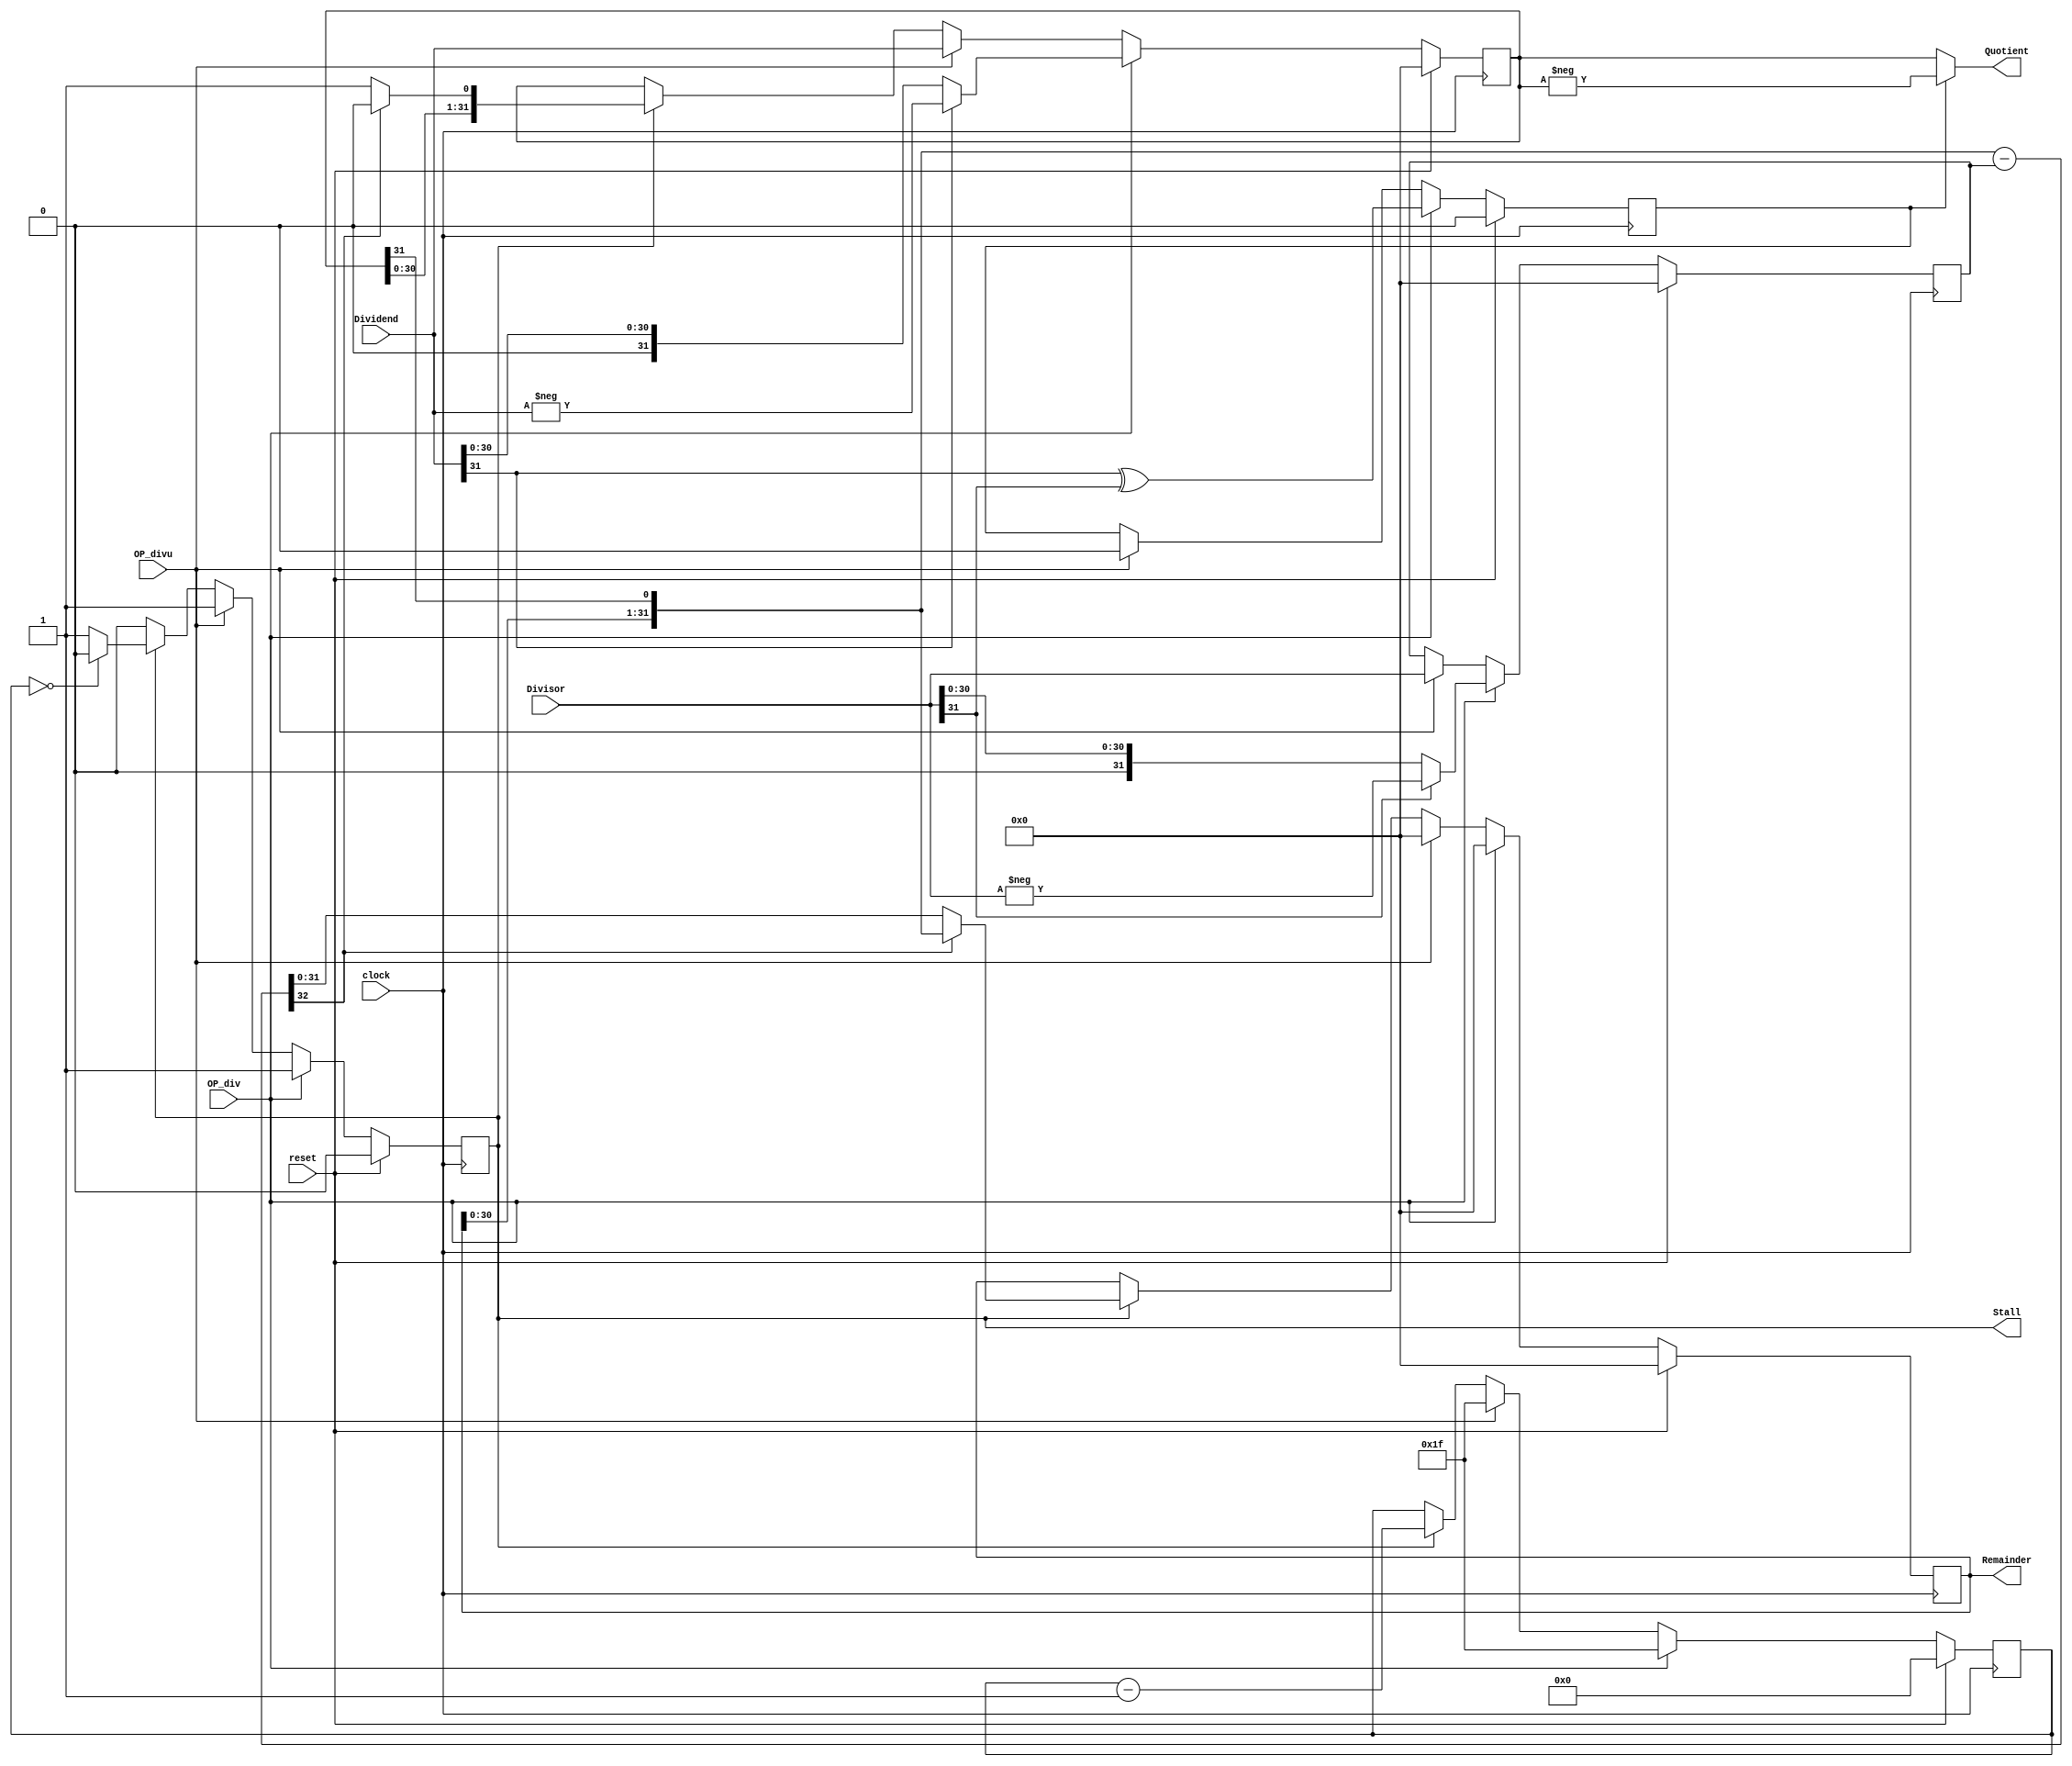
`timescale 1ns / 1ns
/*
 * Project      : University of Utah, XUM Project MIPS32 core
 * Creator(s)   : Neil Russell
 *
 * Modification History:
 *  Rev   Date         Initials  Description of Change
 *  1.0   6-Nov-2012   NJR       Initial design.
 *
 * Description:
 *  A multi-cycle 32-bit divider.
 *
 *  On any cycle that one of OP_div or OP_divu are true, the Dividend and
 *  Divisor will be captured and a multi-cycle divide operation initiated.
 *  Stall will go true on the next cycle and the first cycle of the divide
 *  operation completed.  After some time (about 32 cycles), Stall will go
 *  false on the same cycle that the result becomes valid.  OP_div or OP_divu
 *  will abort any currently running divide operation and initiate a new one.
 */
module Divide(
    input           clock,
    input           reset,
    input           OP_div,     // True to initiate a signed divide
    input           OP_divu,    // True to initiate an unsigned divide
    input  [31:0]   Dividend,
    input  [31:0]   Divisor,
    output [31:0]   Quotient,
    output [31:0]   Remainder,
    output          Stall       // True while calculating
    );


    reg             active;     // True if the divider is running
    reg             neg;        // True if the result will be negative
    reg [4:0]       cycle;      // Number of cycles to go

    reg [31:0]      result;     // Begin with dividend, end with quotient
    reg [31:0]      denom;      // Divisor
    reg [31:0]      work;       // Running remainder

    // Calculate the current digit
    wire [32:0]     sub = { work[30:0], result[31] } - denom;

    // Send the results to our master
    assign Quotient = !neg ? result : -result;
    assign Remainder = work;
    assign Stall = active;

    // The state machine
    always @(posedge clock) begin
        if (reset) begin
            active <= 0;
            neg <= 0;
            cycle <= 0;
            result <= 0;
            denom <= 0;
            work <= 0;
        end
        else begin
            if (OP_div) begin
                // Set up for a signed divide.  Remember the resulting sign,
                // and make the operands positive.
                cycle <= 5'd31;
                result <= (Dividend[31] == 0) ? Dividend : -Dividend;
                denom <= (Divisor[31] == 0) ? Divisor : -Divisor;
                work <= 32'b0;
                neg <= Dividend[31] ^ Divisor[31];
                active <= 1;
            end
            else if (OP_divu) begin
                // Set up for an unsigned divide.
                cycle <= 5'd31;
                result <= Dividend;
                denom <= Divisor;
                work <= 32'b0;
                neg <= 0;
                active <= 1;
            end
            else if (active) begin
                // Run an iteration of the divide.
                if (sub[32] == 0) begin
                    work <= sub[31:0];
                    result <= {result[30:0], 1'b1};
                end
                else begin
                    work <= {work[30:0], result[31]};
                    result <= {result[30:0], 1'b0};
                end

                if (cycle == 0) begin
                    active <= 0;
                end

                cycle <= cycle - 5'd1;
            end
        end
    end

endmodule